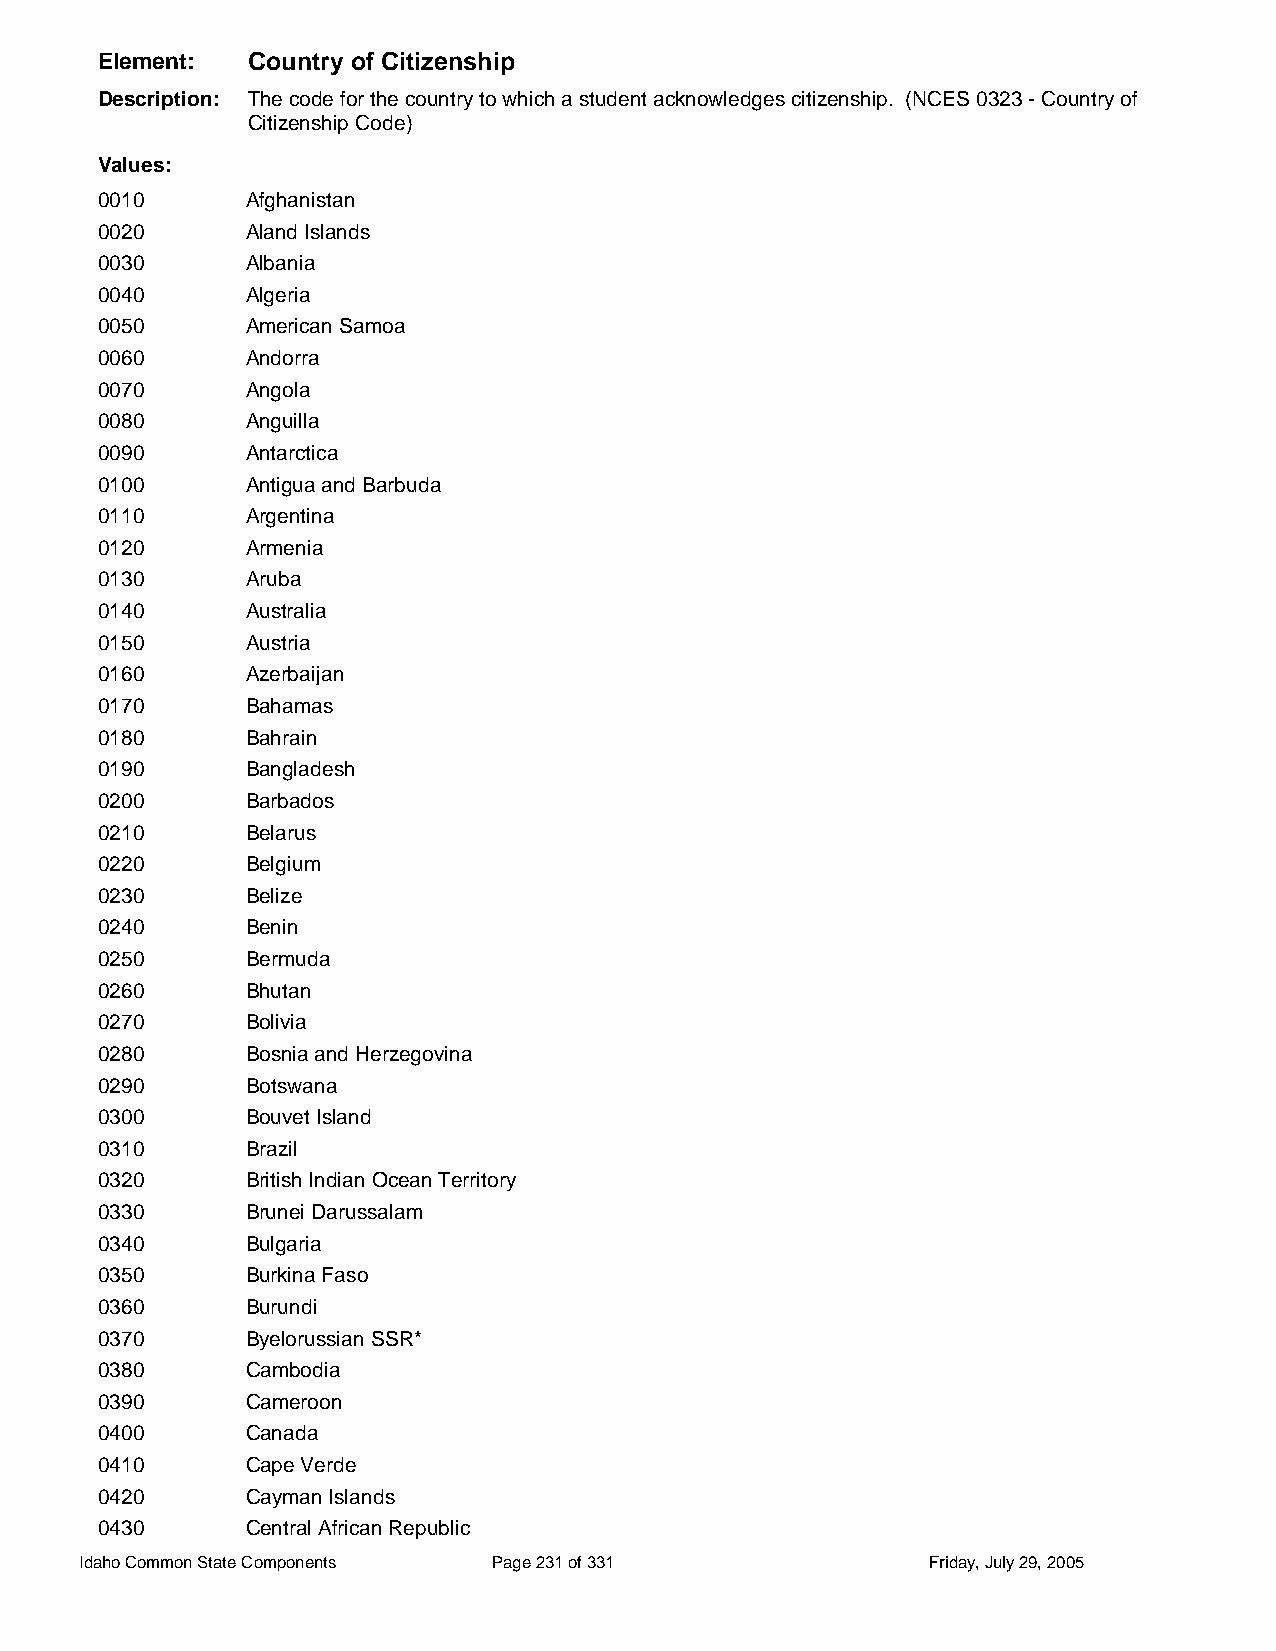
Element:  Country of Citizenship
 Description: The code for the country to which a student acknowledges citizenship. (NCES 0323 - Country of
 Citizenship Code)
 Values:
 0010      Afghanistan
 0020      Aland Islands
 0030      Albania
 0040      Algeria
 0050      American Samoa
 0060      Andorra
 0070      Angola
 0080      Anguilla
 0090      Antarctica
 0100      Antigua and Barbuda
 0110      Argentina
 0120      Armenia
 0130      Aruba
 0140      Australia
 0150      Austria
 0160      Azerbaijan
 0170      Bahamas
 0180      Bahrain
 0190      Bangladesh
 0200      Barbados
 0210      Belarus
 0220      Belgium
 0230      Belize
 0240      Benin
 0250      Bermuda
 0260      Bhutan
 0270      Bolivia
 0280      Bosnia and Herzegovina
 0290      Botswana
 0300      Bouvet Island
 0310      Brazil
 0320      British Indian Ocean Territory
 0330      Brunei Darussalam
 0340      Bulgaria
 0350      Burkina Faso
 0360      Burundi
 0370      Byelorussian SSR*
 0380      Cambodia
 0390      Cameroon
 0400      Canada
 0410      Cape Verde
 0420      Cayman Islands
 0430      Central African Republic
 Idaho Common State Components Page 231 of 331           Friday, July 29, 2005